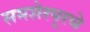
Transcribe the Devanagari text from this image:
समशेरपूरचे